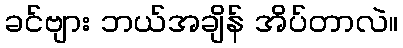
ခင်ဗျား ဘယ်အချိန် အိပ်တာလဲ။